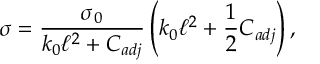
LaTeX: \sigma = \frac { \sigma _ { 0 } } { k _ { 0 } \ell ^ { 2 } + C _ { a d j } } \left( k _ { 0 } \ell ^ { 2 } + \frac { 1 } { 2 } C _ { a d j } \right) ,